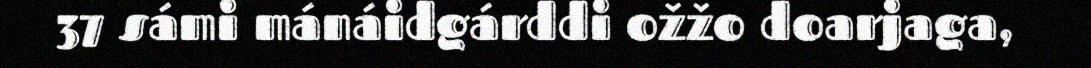
37 sámi mánáidgárddi ožžo doarjaga,